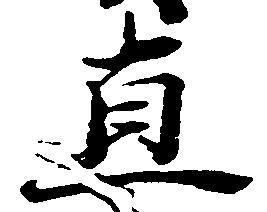
直